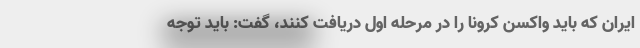
ایران که باید واکسن کرونا را در مرحله اول دریافت کنند، گفت: باید توجه